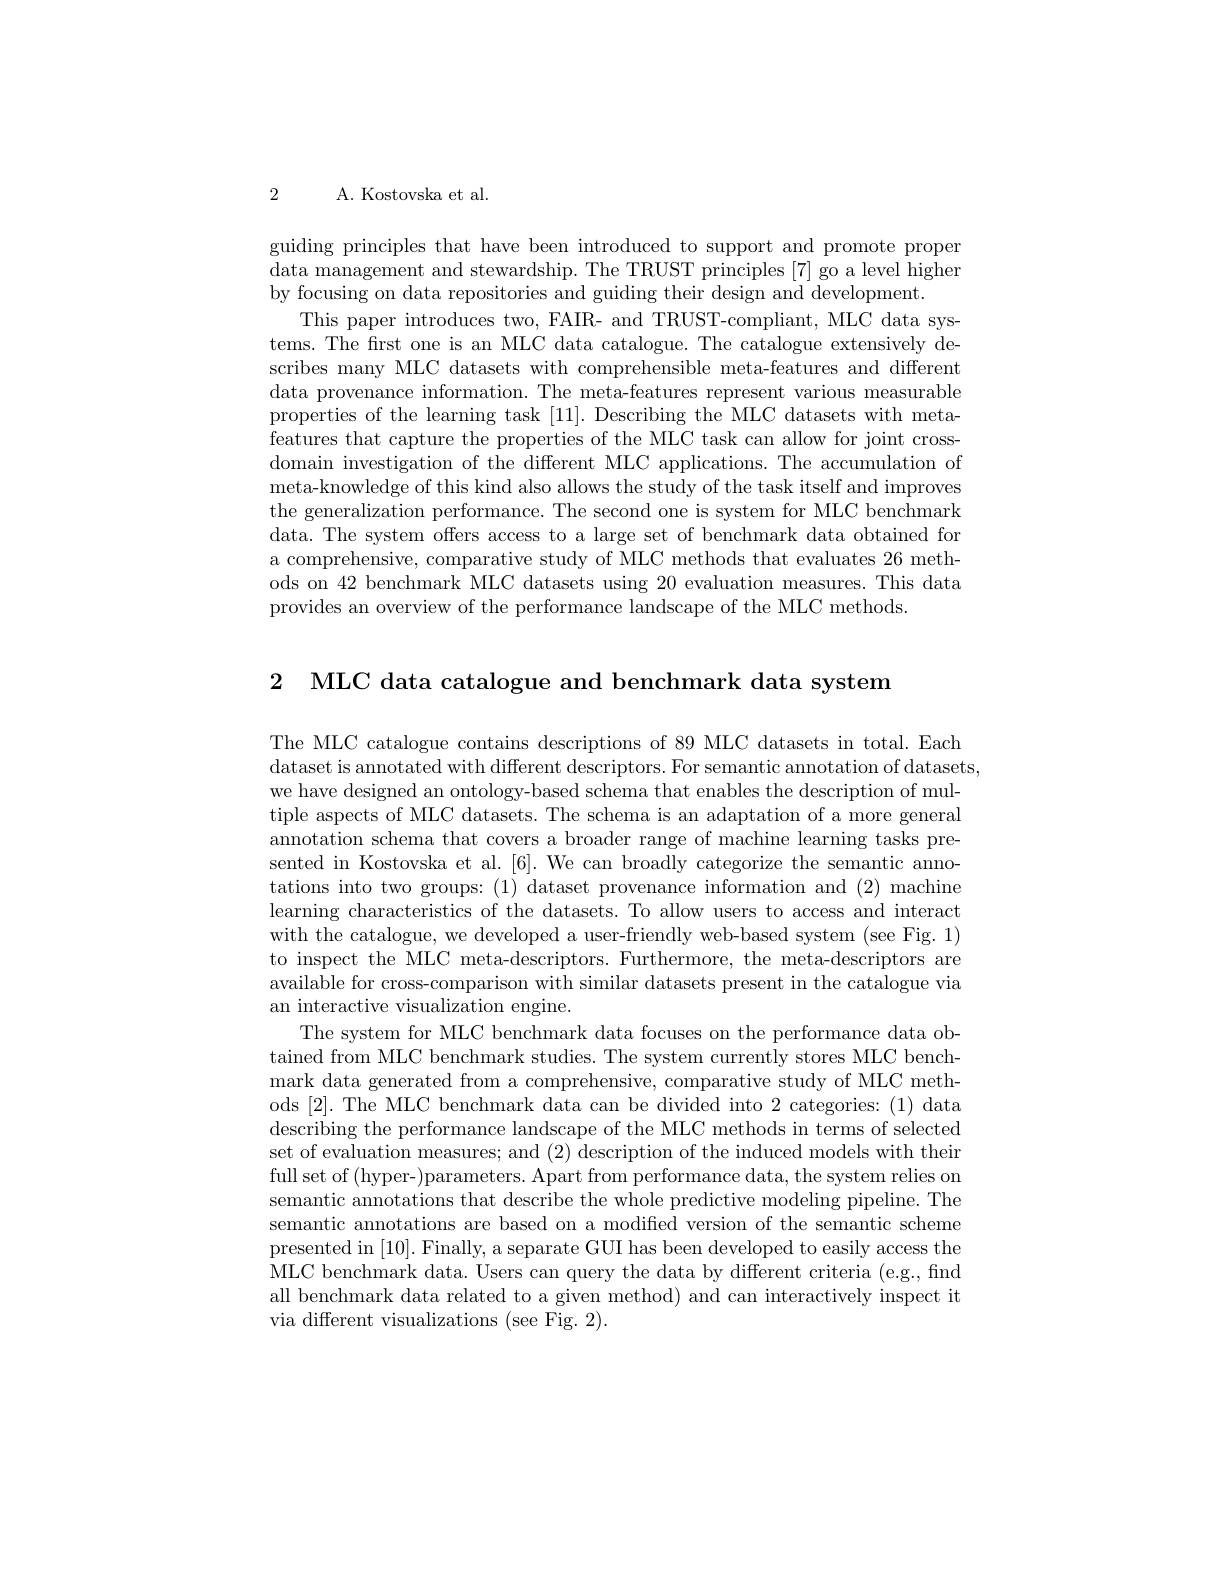
2

A. Kostovska et al.

guiding principles that have been introduced to support and promote proper data management and stewardship. The TRUST principles [7] go a level higher by focusing on data repositories and guiding their design and development.
This paper introduces two, FAIR- and TRUST-compliant, MLC data systems.The first one is an MLC data catalogue. The catalogue extensively describes many MLC datasets with comprehensible meta-features and different data provenance information. The meta-features represent various measurable properties of the learning task [11]. Describing the MLC datasets with metafeatures that capture the properties of the MLC task can allow for joint crossdomain investigation of the different MLC applications. The accumulation of meta-knowledge of this kind also allows the study of the task itself and improves the generalization performance. The second one is system for MLC benchmark data. The system offers access to a large set of benchmark data obtained for a comprehensive, comparative study of MLC methods that evaluates 26 methods on 42 benchmark MLC datasets using 20 evaluation measures. This data provides an overview of the performance landscape of the MLC methods.

2 MLC data catalogue and benchmark data system

The MLC catalogue contains descriptions of 89 MLC datasets in total. Each dataset is annotated with different descriptors. For semantic annotation of datasets, we have designed an ontology-based schema that enables the description of multiple aspects of MLC datasets. The schema is an adaptation of a more general annotation schema that covers a broader range of machine learning tasks presented in Kostovska et al.[6]. We can broadly categorize the semantic annotations into two groups: (1) dataset provenance information and (2) machine learning characteristics of the datasets. To allow users to access and interact with the catalogue, we developed a user-friendly web-based system (see Fig. 1) to inspect the MLC meta-descriptors. Furthermore, the meta-descriptors are available for cross-comparison with similar datasets present in the catalogue via an interactive visualization engine.
The system for MLC benchmark data focuses on the performance data obtained from MLC benchmark studies. The system currently stores MLC benchmark data generated from a comprehensive, comparative study of MLC methods [2]. The MLC benchmark data can be divided into 2 categories:(1) data describing the performance landscape of the MLC methods in terms of selected set of evaluation measures; and (2) description of the induced models with their full set of (hyper-)parameters. Apart from performance data, the system relies on semantic annotations that describe the whole predictive modeling pipeline. The semantic annotations are based on a modified version of the semantic scheme presented in [10]. Finally, a separate GUI has been developed to easily access the MLC benchmark data. Users can query the data by different criteria (e.g., find all benchmark data related to a given method) and can interactively inspect it via different visualizations (see Fig. 2).